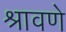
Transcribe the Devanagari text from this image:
श्रावणे